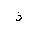
Letter: _thal